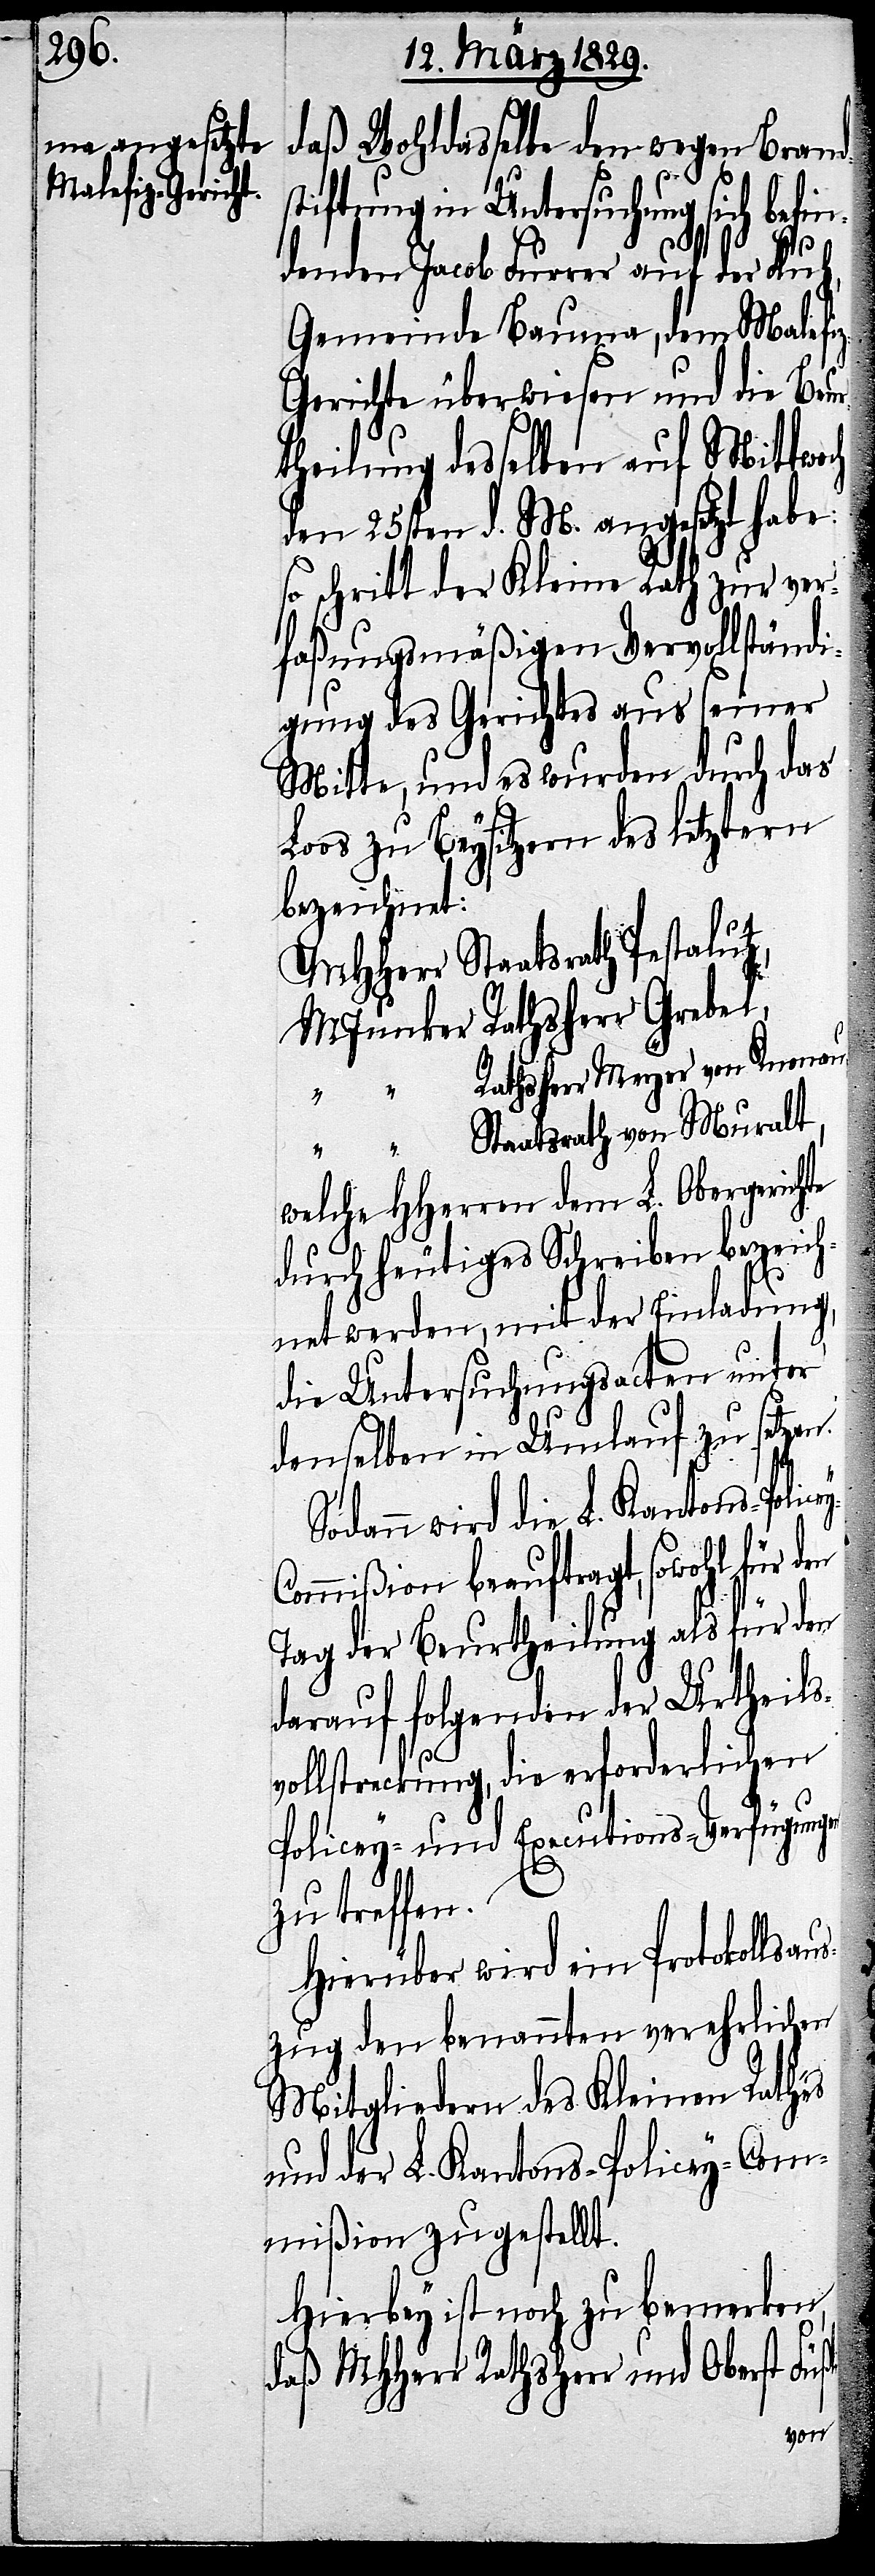
daß Wohldasselbe den wegen Brand¬
stiftung in Untersuchung sich befin¬
ßli
denden Jacob Furrer auf der Fluh,
Gemeinde Bauma, dem Malefi¬
z-Gerichte überwiesen und die Beur¬
theilung desselben auf Mittwoch
den 25sten d. M. angesetzt habe:
so schritt der Kleine Rath zur ver¬
faßungsmäßigen Vervollständi¬
gung des Gerichtes aus seiner
Mitte, und es wurden durch das
Loos zu Beysitzern des letztern
bezeichnet:
MHHerr Staatsrath Pestalutz,
MJunker Rathsherr Grebel,
“ “ Rathsherr Meyer von Knonau,
“ “ Staatsrath von Muralt,
welche HHerren dem L. Obergericht
durch heutiges Schreiben bezeich¬
net werden, mit der Einladung,
die Untersuchungsacten unter
denselben in Umlauf zu setzen.
Sodann wird die L. Kantons-Polic¬
ommißion beauftragt, sowohl für den
Tag der Beurtheilung als für den
darauf folgenden der Urtheils¬
vollstreckung, die erforderlichen
Policey- und Executions-Verfügungen
zu treffen.
Hierüber wird ein Protokollaus¬
zug den benannten verehrlichen
Mitgliedern des Kleinen Rathes
und der L. Kantons-Policey-Com¬
mißion zugestellt.
Hierbey ist noch zu bemerken,
daß MHHerr Rathsherr und Oberst Fü¬